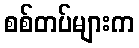
စစ်တပ်များက